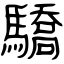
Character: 驕